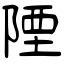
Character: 陻